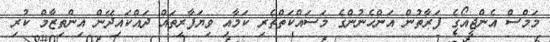
މަމްސް އެންޖީއޯގެ ފަރާތުން އަންހެނުންގެ މަސައްކަތްތެރި ކަމާއި ވިޔަފާރިތައް ދައްކައިދޭން އިންތިޒާމް ކުރި